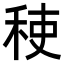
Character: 𮃂